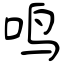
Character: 鸣